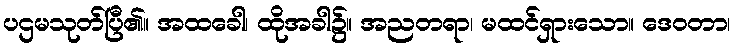
ပဌမသုတ်ပြီ၏။ အထခေါ၊ ထိုအခါ၌။ အညတရာ၊ မထင်ရှားသော။ ဒေဝတာ၊